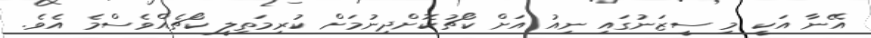
އޭނާ އަކީ މި ސީޒަނުގައި ނިއު އަށް ކޯޗުކޮށްދިނުމަށް ކުރިމަތިލީ ކޯޗެއްވެސްމެ އެވެ.